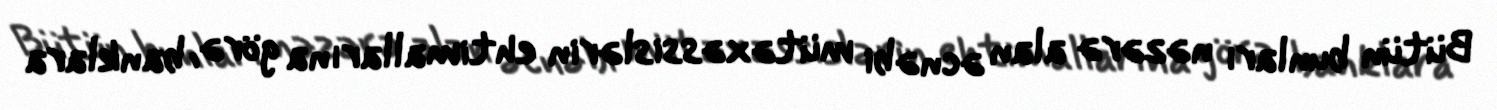
Bütün bunları nəzərə alan əcnəbi mütəxəssislərin ehtimallarına görə, banklara